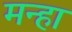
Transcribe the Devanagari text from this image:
मन्हा